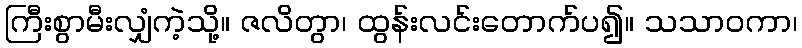
ကြီးစွာမီးလျှံကဲ့သို့။ ဇလိတွာ၊ ထွန်းလင်းတောက်ပ၍။ သသာဝကာ၊